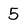
Character: 5